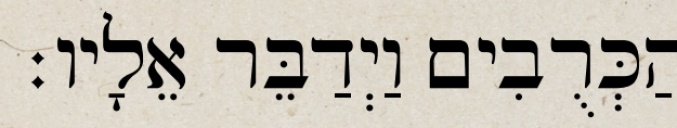
הַכְּרֻבִים וַיְדַבֵּר אֵלָיו׃